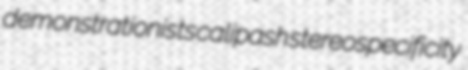
demonstrationists calipash stereospecificity